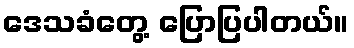
ဒေသခံတွေ့ ပြောပြပါတယ်။